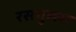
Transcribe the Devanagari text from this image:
रसगुल्‍ला